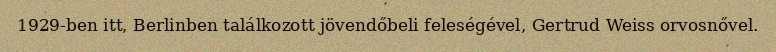
1929-ben itt, Berlinben találkozott jövendőbeli feleségével, Gertrud Weiss orvosnővel.